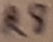
Text: R8